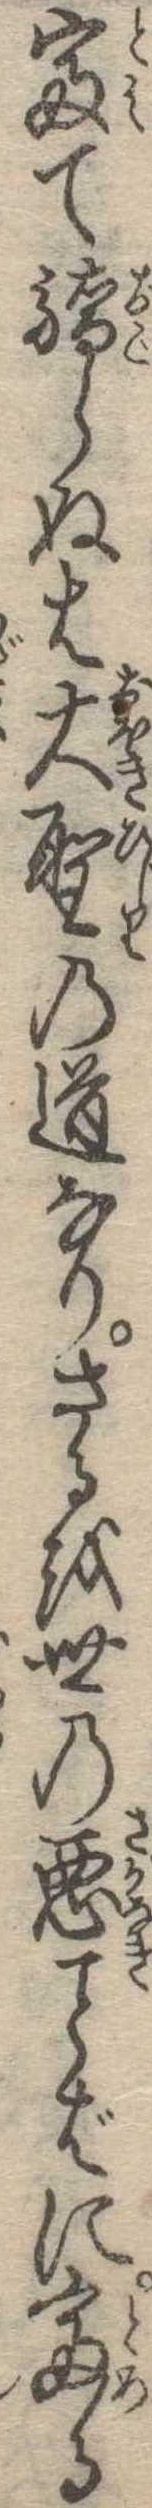
富て驕らぬは大聖の道なりさるを世の悪ばに富る